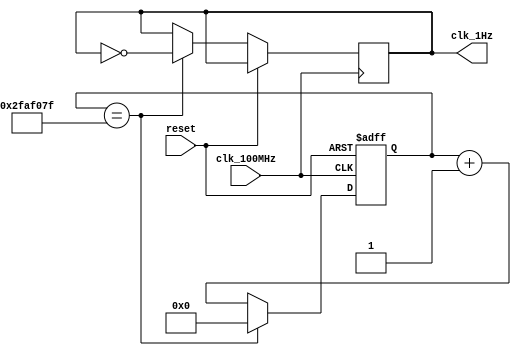
`timescale 1ns / 1ps

module oneHz_gen(
    input clk_100MHz,   // from BASYS 3
    input reset,        // btnC on BASYS 3
    output clk_1Hz
    );
    
    reg clk_1Hz_reg = 0;
    reg [25:0] counter_reg;
    
    always @(posedge clk_100MHz or posedge reset) begin
        if(reset)
            counter_reg <= 0;
        else
            if(counter_reg == 49_999_999) begin
                counter_reg <= 0;
                clk_1Hz_reg <= ~clk_1Hz_reg;
            end    
            else
                counter_reg <= counter_reg + 1;
    end
    
    assign clk_1Hz = clk_1Hz_reg;
    
endmodule